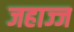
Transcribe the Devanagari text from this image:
जहाज्ज